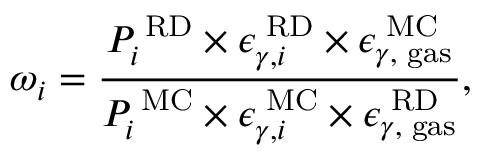
\omega _ { i } = \frac { P _ { i } ^ { \mathrm { \tiny ~ R D } } \times \epsilon _ { \gamma , i } ^ { \mathrm { \tiny ~ R D } } \times \epsilon _ { \gamma , \mathrm { \tiny ~ g a s } } ^ { \mathrm { \tiny ~ M C } } } { { P _ { i } ^ { \mathrm { \tiny ~ M C } } \times \epsilon _ { \gamma , i } ^ { \mathrm { \tiny ~ M C } } } \times \epsilon _ { \gamma , \mathrm { \tiny ~ g a s } } ^ { \mathrm { \tiny ~ R D } } } ,